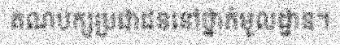
គណបក្សប្រជាជននៅថ្នាក់មូលដ្ឋាន។